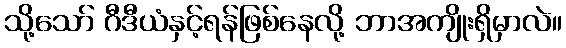
သို့သော် ဂီဒီယံနှင့်ရန်ဖြစ်နေလို့ ဘာအကျိုးရှိမှာလဲ။